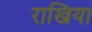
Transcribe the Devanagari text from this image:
राखिया